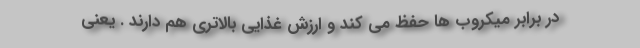
در برابر میکروب ها حفظ می کند و ارزش غذایی بالاتری هم دارند . یعنی